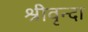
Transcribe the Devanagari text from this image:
श्रीवृन्दा